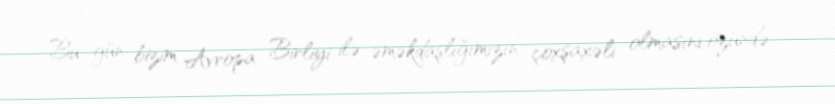
Bu gün bizim Avropa Birliyi ilə əməkdaşlığımızın çoxşaxəli olmasını özündə